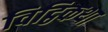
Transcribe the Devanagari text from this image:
विट्ठिकथा